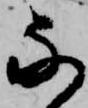
な